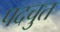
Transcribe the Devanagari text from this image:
पदचुत